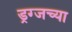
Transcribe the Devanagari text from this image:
ड्रग्जच्या